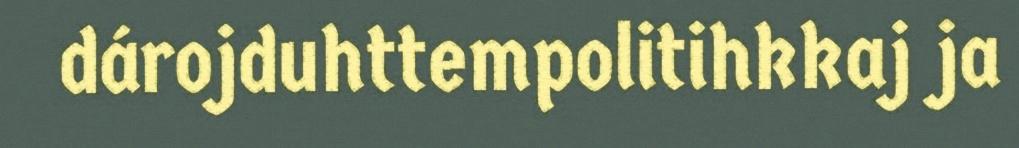
dárojduhttempolitihkkaj ja